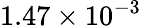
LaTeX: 1.47\times 10^{-3}